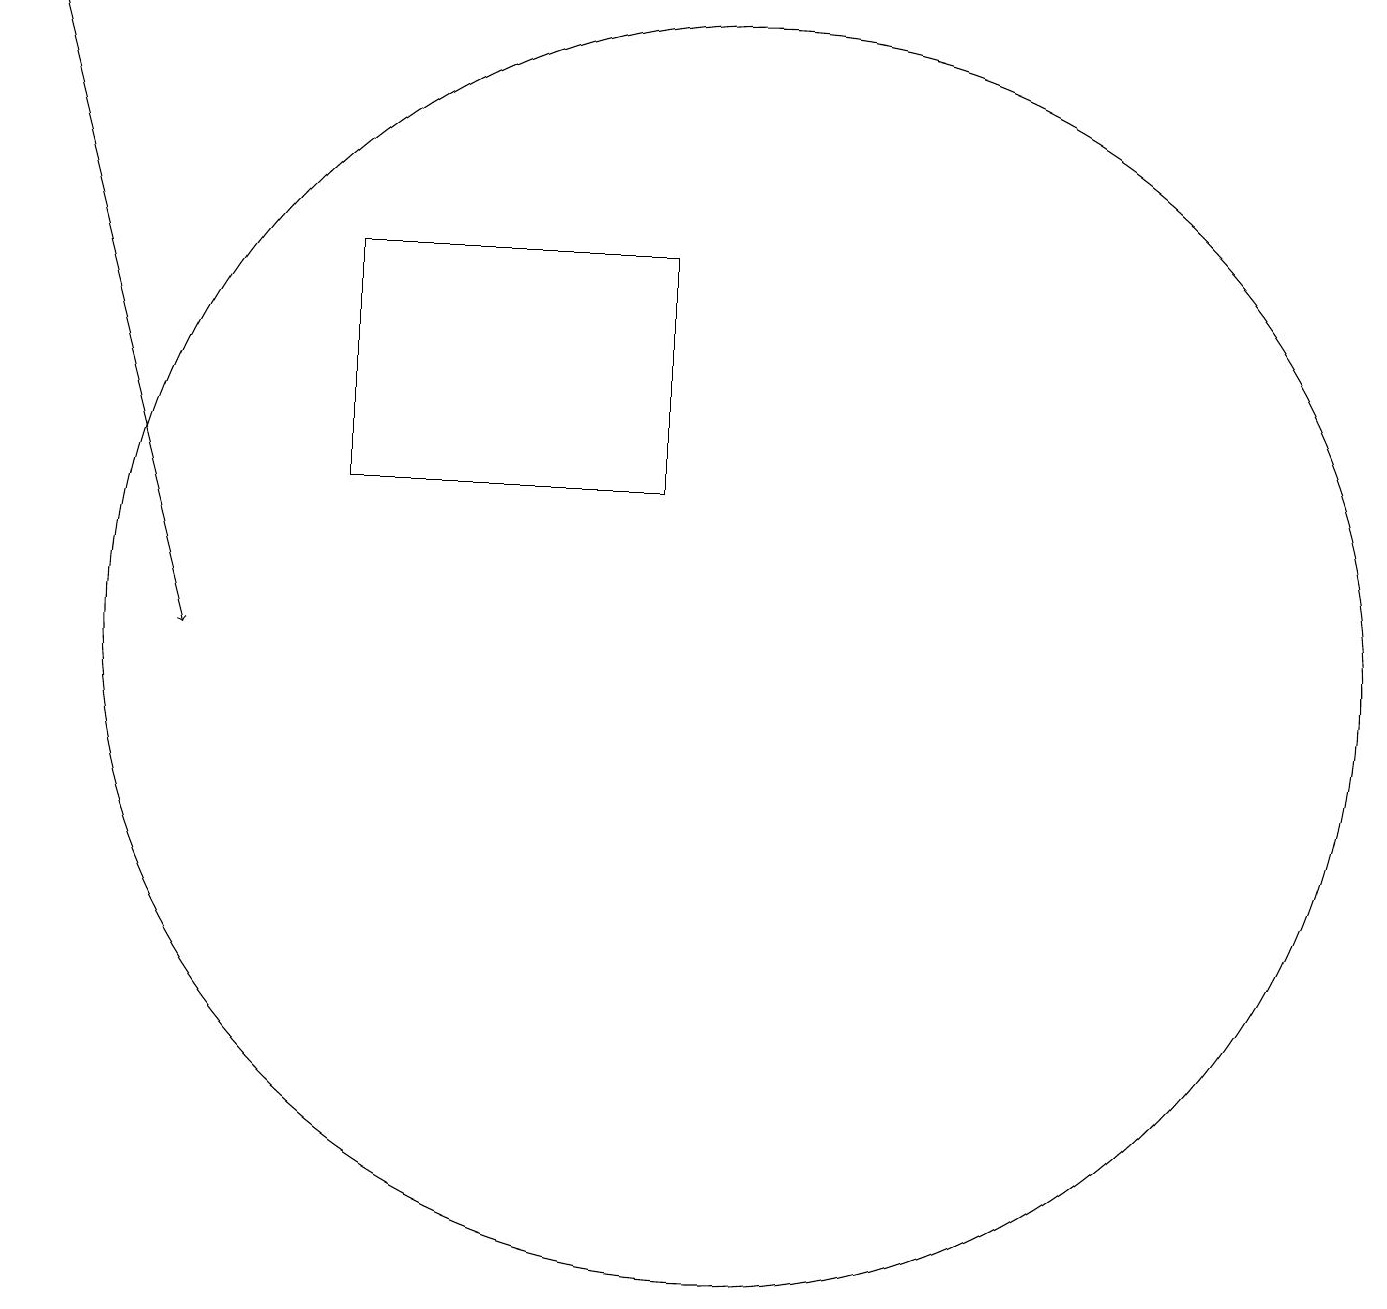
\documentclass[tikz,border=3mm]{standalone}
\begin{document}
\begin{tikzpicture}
\draw (10,11) circle (8);
\draw (5,13) rectangle (9,16);
\draw (10,12) circle (0);
\draw[->] (1,19) -- (3,11);
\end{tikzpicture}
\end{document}